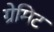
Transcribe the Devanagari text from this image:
ग्रेमिट